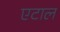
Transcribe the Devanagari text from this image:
एटाल